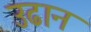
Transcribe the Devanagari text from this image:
उढान